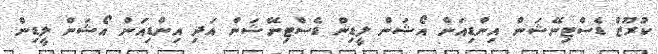
ކުރޫޒް ޑެސްޓިނޭޝަން އިންޑިއަން އޯޝަން ލީޑިން ޑެސްޓިނޭޝަން އަދި އިންޑިއަން އޯޝަން ލީޑިން